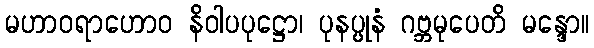
မဟာဝရာဟောဝ နိဝါပပုဋ္ဌော၊ ပုနပ္ပုနံ ဂဗ္ဘမုပေတိ မန္ဒော။